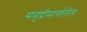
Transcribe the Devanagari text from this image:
समुद्रीमार्गातील